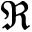
\mathfrak { R }